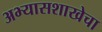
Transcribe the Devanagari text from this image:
अभ्यासशाखेचा